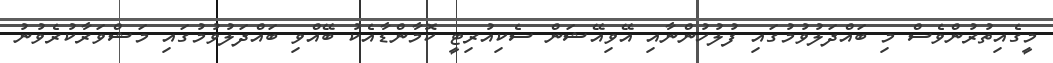
މީގެއިތުރުންވެސް މި ބައްދަލުވުމުގައި ފުލުހުންނާއި އޭވިއޭޝަން ސެކިއުރިޓީ ކޮމާންޑާއެކު ބޭއްވި ބައްދަލުވުމުގައި މަޝްވަރާކުރެވުނު